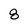
Character: 8